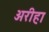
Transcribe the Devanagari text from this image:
अरीहा